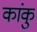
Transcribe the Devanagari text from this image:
कांकु